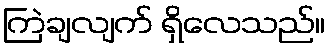
ကြဲချလျက် ရှိလေသည်။